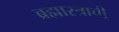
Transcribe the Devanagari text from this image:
ब्रह्मास्त्राची